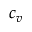
c _ { v }